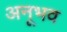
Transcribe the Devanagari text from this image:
अनूभव